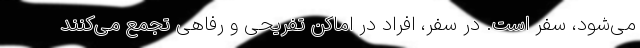
می‌شود، سفر است. در سفر، افراد در اماکن تفریحی و رفاهی تجمع می‌کنند